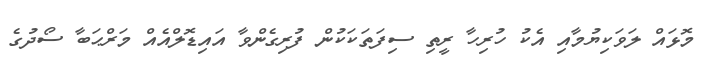
މޮޅައް ލަވަކިޔުމާއި އެކު ހުރިހާ ރީތި ސިފަތަކަކުން ފުރިގެންވާ އައިޑޮލްއެއް މަރްޙަބާ ސޯދުގެ